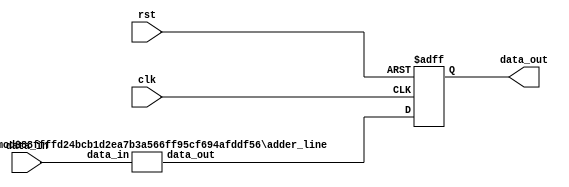
`timescale 1ns/1ps

// Module to be used to add all dsp_outputs
// Only the output is registered
// Output has same size as inputs - carefull with overflow

module adder_N # (
		  parameter DATA_W = 32,
		  parameter N_INPUTS = 2,
		  parameter N_LEVELS = $clog2(N_INPUTS)
		  ) (
		     input 			 clk,
		     input 			 rst,
		     // data
		     input [N_INPUTS*DATA_W-1:0] data_in,
		     output reg [DATA_W-1:0] 	 data_out
		     );

   // aux wire
   wire signed [(2*N_INPUTS-1)*DATA_W-1:0] 	 part_sum;
   
   //assign input
   assign part_sum[0 +: N_INPUTS*DATA_W] = data_in; 
   
   // generate all tree levels
   genvar 					 i;
   generate
      if (N_LEVELS == 0) begin : no_tree
	 assign part_sum[(2*N_INPUTS-1)*DATA_W-1 -: DATA_W] = data_in; 
      end
      else begin
	 for(i=0;i<N_LEVELS;i=i+1) begin : adder_tree
	    localparam LINE_ADDERS = N_INPUTS/(2**(i+1)); // Number of adders in i-th line
	    localparam ACC_SUMS = 2*N_INPUTS-4*LINE_ADDERS; // Number of partial sums done before i-th line
	    	    
	    adder_line #(
			 .DATA_W(DATA_W),
			 .N_ADDERS(LINE_ADDERS)
			 ) adder_tree_line (
					    .data_in(part_sum[ACC_SUMS*DATA_W +: LINE_ADDERS*2*DATA_W]),
					    .data_out(part_sum[(ACC_SUMS+2*LINE_ADDERS)*DATA_W +: LINE_ADDERS*DATA_W])
					    );
	 end
      end
   endgenerate

   // register output
   always @(posedge clk, posedge rst)
     if(rst)
       data_out <= {DATA_W{1'b0}};
     else
       data_out <= part_sum[(2*N_INPUTS-1)*DATA_W-1 -: DATA_W];
   
endmodule // adder_N

module adder_line # (
		     parameter DATA_W = 32,
		     parameter N_ADDERS = 2
		     ) (
			//data
			input [2*N_ADDERS*DATA_W-1:0] data_in,
			output [N_ADDERS*DATA_W-1:0]     data_out
			);

   // generate an adder line
   genvar 						 i;
   generate
      for(i=0;i<N_ADDERS;i=i+1) begin : adder_l
      adder2_1 #(
		 .DATA_W(DATA_W)
		 ) adder2_1_inst (
				  .data_in(data_in[i*2*DATA_W +: 2*DATA_W]),
				  .data_out(data_out[i*DATA_W +: DATA_W])
				  );
      end
   endgenerate   

endmodule // adder_line

module adder2_1 #(
		  parameter DATA_W = 32
		  ) (
		     //data
		     input [2*DATA_W-1:0] data_in,
		     output [DATA_W-1:0]  data_out
		     );

   assign data_out = data_in[0*DATA_W +: DATA_W] + data_in[1*DATA_W +: DATA_W];
   
endmodule // adder2_1